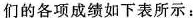
们的各项成绩如下表所示：